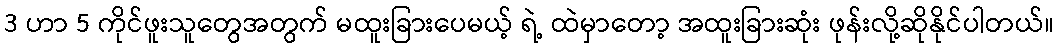
3 ဟာ 5 ကိုင်ဖူးသူတွေအတွက် မထူးခြားပေမယ့် ရဲ့ ထဲမှာတော့ အထူးခြားဆုံး ဖုန်းလို့ဆိုနိုင်ပါတယ်။